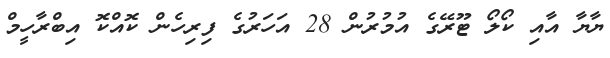
ޔާޔާ އާއި ކޯލޯ ޓޫރޭގެ އުމުރުން 28 އަހަރުގެ ފިރިހެން ކޮއްކޮ އިބްރާހީމް